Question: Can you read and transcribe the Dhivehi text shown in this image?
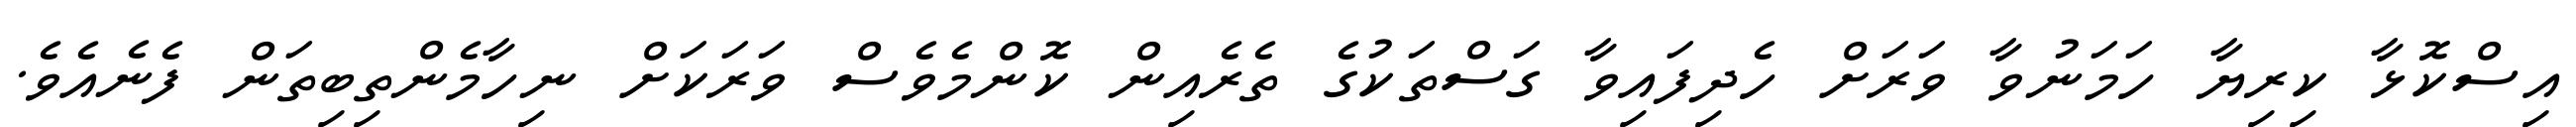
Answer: އިސްކޮޅާ ކިރިޔާ ހަމަނުވާ ވަރަށް ހެދިފައިވާ ގަސްތަކުގެ ތެރެއިން ކޮންމެވެސް ވަރަކަށް ނިހާމެންތިބިތަން ފެނެއެވެ.